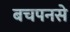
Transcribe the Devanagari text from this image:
बचपनसे